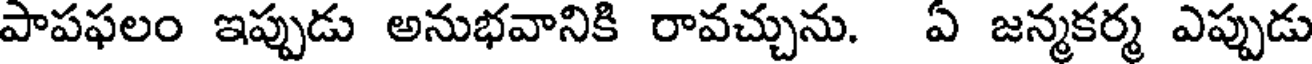
పాపఫలం ఇప్పుడు అనుభవానికి రావచ్చును. ఏ జన్మకర్మ ఎప్పుడు